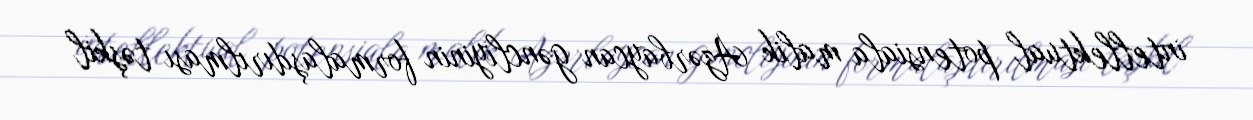
intellektual potensiala malik Azərbaycan gəncliyinin formalaşdırılması təşkil